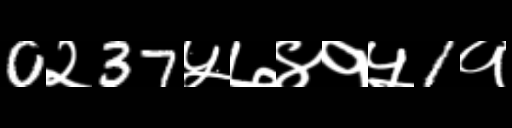
Text: 0२37५७४१५1१